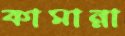
কামান্না